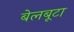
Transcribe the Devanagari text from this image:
बेलबूटा